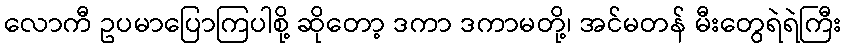
လောကီ ဥပမာပြောကြပါစို့ ဆိုတော့ ဒကာ ဒကာမတို့၊ အင်မတန် မီးတွေရဲရဲကြီး